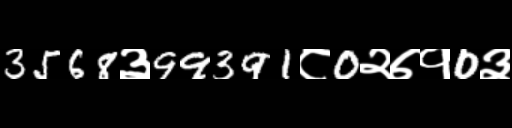
Text: 3568३99391८0२७१0३